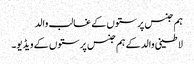
ہم جنس پرستوں کے غالب والد
لاطینی والد کے ہم جنس پرستوں کے ویڈیو۔